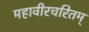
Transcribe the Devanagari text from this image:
महावीरचरितम्